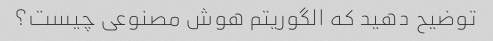
توضیح دهید که الگوریتم هوش مصنوعی چیست؟